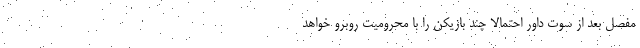
مفصل بعد از سوت داور احتمالاً چند بازیکن را با محرومیت روبرو خواهد